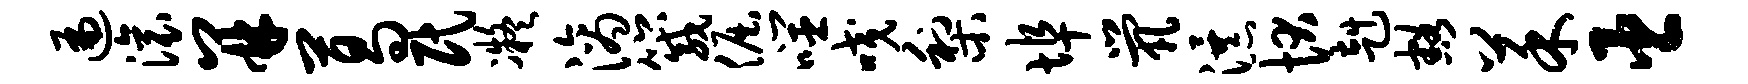
遍滚并葛民凝滴箴倔噬咬梨埠茕瀑状赳豁菜臣